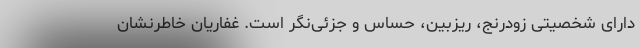
دارای شخصیتی زودرنج، ریزبین، حساس و جزئی‌نگر است. غفاریان خاطرنشان